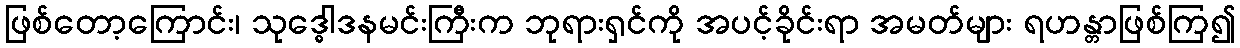
ဖြစ်တော့ကြောင်း၊ သုဒ္ဓေါဒနမင်းကြီးက ဘုရားရှင်ကို အပင့်ခိုင်းရာ အမတ်များ ရဟန္တာဖြစ်ကြ၍